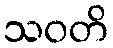
သဝတိ